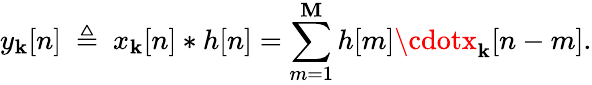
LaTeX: y_{\mathbf{k}}[n]\ \triangleq\ x_{\mathbf{k}}[n]*h[n]=\sum_{m=1}^{\mathbf{M}}h[m]\cdotx_{\mathbf{k}}[n-m].